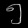
Digit: ၅